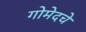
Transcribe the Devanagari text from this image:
गोमेदचे